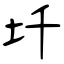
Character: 圲